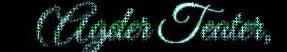
(Agder Teater,